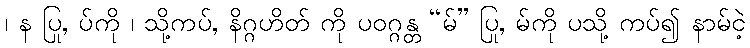
၊ န ပြု, ပ်ကို ၊ သို့ကပ်, နိဂ္ဂဟိတ် ကို ပဝဂ္ဂန္တ “မ်” ပြု, မ်ကို ပသို့ ကပ်၍ နာမ်ငဲ့